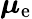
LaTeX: {\boldsymbol{\mu}}_{\mathrm{e}}